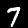
Digit: 7